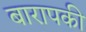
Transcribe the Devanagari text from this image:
बारापकी